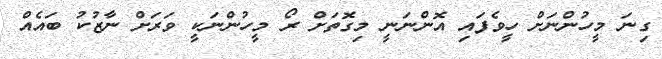
ގިނަ މީހުންނަށް ހީވެފައި އޮންނަނީ މިގޮތަށް ރޯ މީހުންނަކީ ވަރަށް ނާޒުކު ބައެއް